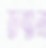
জন্মান